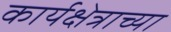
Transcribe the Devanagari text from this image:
कार्यक्षेत्राच्या